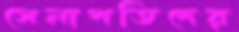
সেনাপতিদের